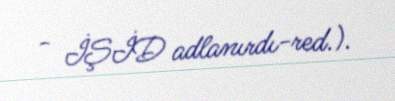
- İŞİD adlanırdı-red.).